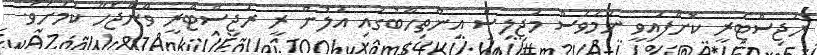
ރަޖިސްޓަރީ ކޮށްފައިވީ ނަމަވެސް މަޖިލިސް އިންތިހާބުގައި އަލުން ރީ ރަޖިސްޓްރީ ވާންޖެހޭ ކަމަށެވެ.